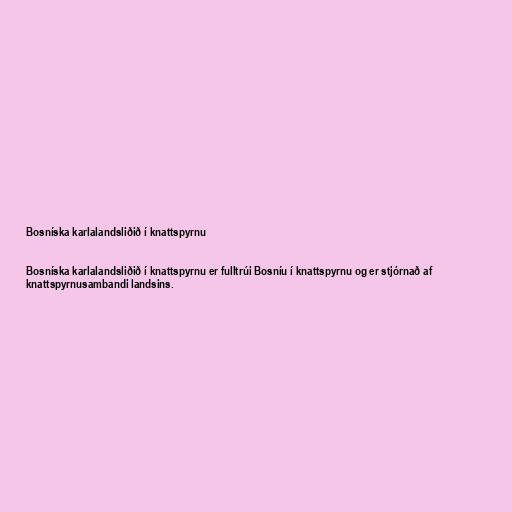
Bosníska karlalandsliðið í knattspyrnu

Bosníska karlalandsliðið í knattspyrnu er fulltrúi Bosníu í knattspyrnu og er stjórnað af
knattspyrnusambandi landsins.